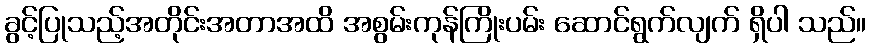
ခွင့်ပြုသည့်အတိုင်းအတာအထိ အစွမ်းကုန်ကြိုးပမ်း ဆောင်ရွက်လျက် ရှိပါ သည်။